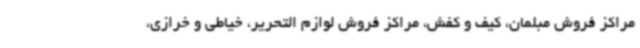
مراکز فروش مبلمان، کیف و کفش، مراکز فروش لوازم التحریر، خیاطی و خرازی،